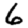
Digit: 6